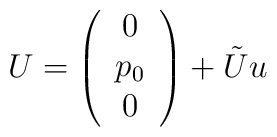
U=\left(\begin{array}{c} 0 \\ p_0 \\ 0 \end{array}\right)+\tilde{U}u